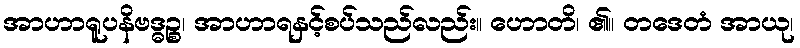
အာဟာရူပနိဗဒ္ဓဉ္စ၊ အာဟာရနှင့်စပ်သည်လည်း။ ဟောတိ၊ ၏။ တဒေတံ အာယု၊